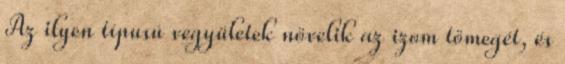
Az ilyen típusú vegyületek növelik az izom tömegét, és